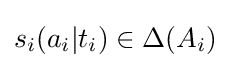
s_{i}(a_{i}|t_{i})\in \Delta (A_{i})